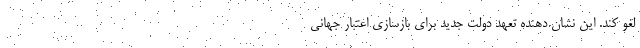
لغو کند. این نشان دهنده تعهد دولت جدید برای بازسازی اعتبار جهانی